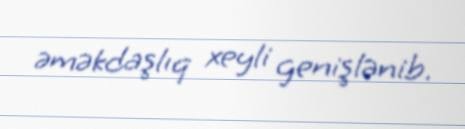
əməkdaşlıq xeyli genişlənib.